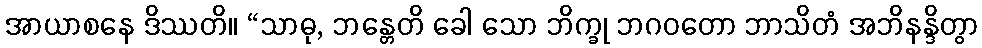
အာယာစနေ ဒိဿတိ။ “သာဓု, ဘန္တေတိ ခေါ သော ဘိက္ခု ဘဂဝတော ဘာသိတံ အဘိနန္ဒိတွာ